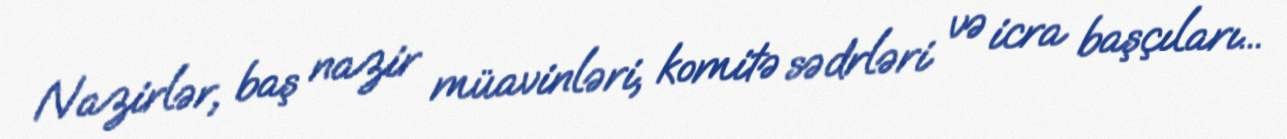
Nazirlər, baş nazir müavinləri, komitə sədrləri və icra başçıları...